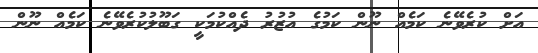
އަށް ކުރެވޭނެ ކަމެއް ނޫން ކަމުގެ އުޒުރު ދެއްކުމަކީ ގަބޫލުކުރެވޭނެ ކަމެއް ނޫން